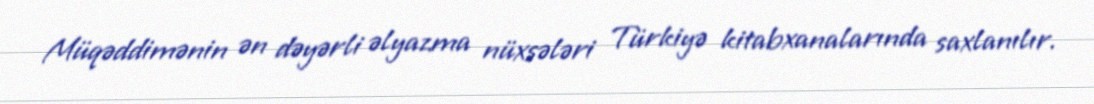
Müqəddimənin ən dəyərli əlyazma nüxsələri Türkiyə kitabxanalarında saxlanılır.